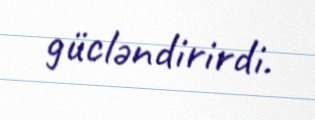
gücləndirirdi.